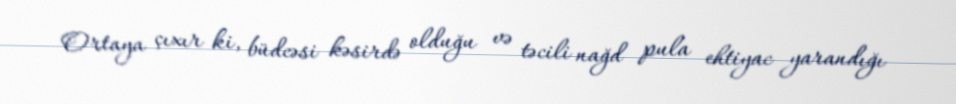
Ortaya çıxır ki, büdcəsi kəsirdə olduğu və təcili nağd pula ehtiyac yarandığı